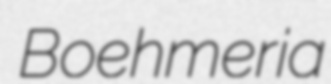
Boehmeria